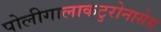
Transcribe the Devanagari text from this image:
पोलीगालाकटुरोनासेस